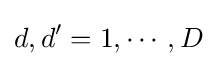
d,d'=1,\cdots ,D